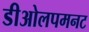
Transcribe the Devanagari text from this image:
डीओलपमनट